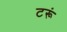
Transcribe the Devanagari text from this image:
टरूं